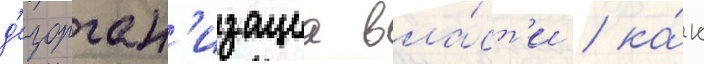
д'езорган'изациа вла́ст'и / ка́к